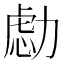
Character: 𰅔